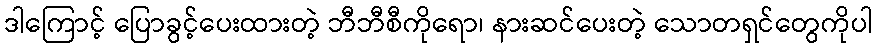
ဒါကြောင့် ပြောခွင့်ပေးထားတဲ့ ဘီဘီစီကိုရော၊ နားဆင်ပေးတဲ့ သောတရှင်တွေကိုပါ